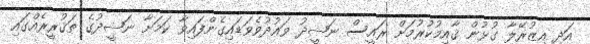
އަދި އިޒުރޭލާ ގުޅުން ޤާއިމުކުރުމަށް ރައީސް ނަޝީދު ވައުދުވެވަޑައިގެންފައިވާ ކަމަށާ ނަޝީދުގެ ތަޤުރީރެއްގައި